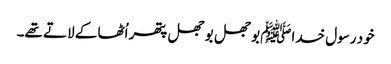
خود رسول خداﷺ بوجھل بوجھل پتھر اُٹھا کے لاتے تھے۔